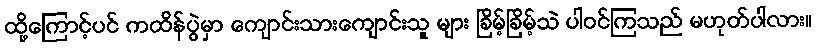
ထို့ကြောင့်ပင် ကထိန်ပွဲမှာ ကျောင်းသားကျောင်းသူ များ ခြိမ့်ခြိမ့်သဲ ပါဝင်ကြသည် မဟုတ်ပါလား။